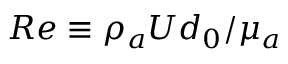
R e \equiv \rho _ { a } U d _ { 0 } / \mu _ { a }